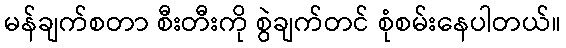
မန်ချက်စတာ စီးတီးကို စွဲချက်တင် စုံစမ်းနေပါတယ်။